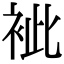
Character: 䘣